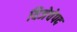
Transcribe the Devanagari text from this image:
विजेचेपद